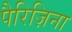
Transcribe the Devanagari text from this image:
पैरिज़िना